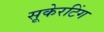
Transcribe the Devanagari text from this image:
सूकेरटिंग